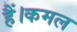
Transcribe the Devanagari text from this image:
हैं।कमल